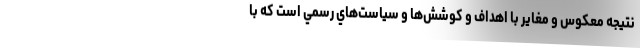
نتيجه معكوس و مغاير با اهداف و كوشش‌ها و سياست‌هاي رسمي است كه با